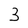
Character: 3